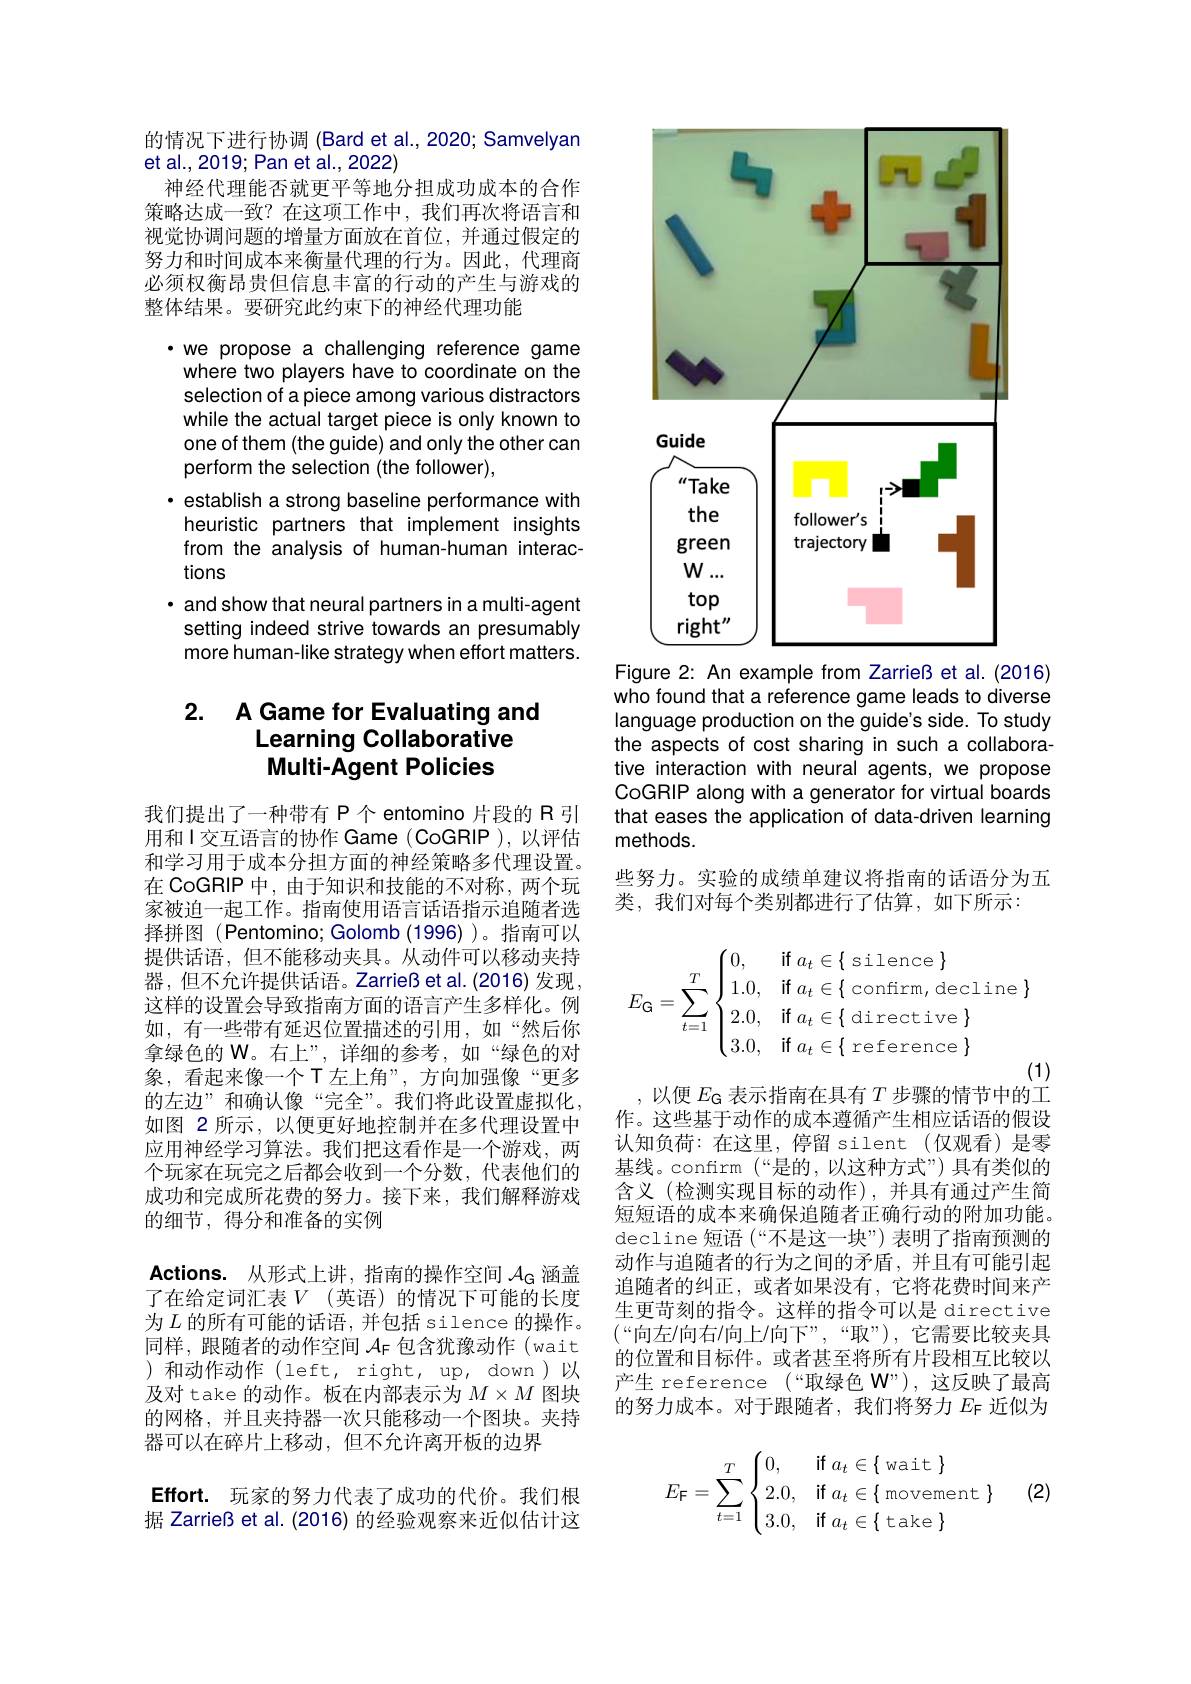
的情况下进行协调 (Bard et al., 2020; Samvelyan
et al., 2019; Pan et al., 2022)
神经代理能否就更平等地分担成功成本的合作策略达成一致？在这项工作中，我们再次将语言和视觉协调问题的增量方面放在首位，并通过假定的努力和时间成本来衡量代理的行为。因此，代理商必须权衡昂贵但信息丰富的行动的产生与游戏的整体结果。要研究此约束下的神经代理功能

·we propose a challenging reference game where two players have to coordinate on the selection of a piece among various distractors while the actual target piece is only known to one of them (the guide) and only the other can perform the selection (the follower),
· establish a strong baseline performance with heuristic partners that implement insights from the analysis of human-human interactions
· and show that neural partners in a multi-agent setting indeed strive towards an presumably more human-like strategy when effort matters.

# 2. A Game for Evaluating and Learning Collaborative Multi-Agent Policies

我们提出了一种带有 P 个 entomino 片段的 R 引用和I交互语言的协作 Game (CoGRIP ),以评估和学习用于成本分担方面的神经策略多代理设置。在 CoGRIP 中，由于知识和技能的不对称，两个玩家被迫一起工作。指南使用语言话语指示追随者选择拼图(Pentomino; Golomb(1996))。指南可以提供话语，但不能移动夹具。从动件可以移动夹持器，但不允许提供话语。Zarrieß et al.(2016)发现， 这样的设置会导致指南方面的语言产生多样化。例如，有一些带有延迟位置描述的引用，如“然后你拿绿色的 W。右上”,详细的参考，如“绿色的对象，看起来像一个T左上角”,方向加强像“更多的左边”和确认像“完全”。我们将此设置虚拟化， 如图 2 所示，以便更好地控制并在多代理设置中应用神经学习算法。我们把这看作是一个游戏，两个玩家在玩完之后都会收到一个分数，代表他们的成功和完成所花费的努力。接下来，我们解释游戏的细节，得分和准备的实例
Actions. 从形式上讲，指南的操作空间$\mathcal{A}_\mathrm{G}$涵盖了在给定词汇表$V$(英语)的情况下可能的长度为$L$ 的所有可能的话语，并包括 silence 的操作。同样，跟随者的动作空间$\mathcal{A}_\mathrm{F}$包含犹豫动作 (wait )和动作动作(left, right, up, down)以及对 take 的动作。板在内部表示为$M\times M$图块的网格，并且夹持器一次只能移动一个图块。夹持器可以在碎片上移动，但不允许离开板的边界
Effort. 玩家的努力代表了成功的代价。我们根据 Zarrieß et al. (2016) 的经验观察来近似估计这

<FigureHere>
Figure 2: An example from Zarrieß et al. (2016)

who found that a reference game leads to diverse language production on the guide's side. To study the aspects of cost sharing in such a collaborative interaction with neural agents, we propose CoGRIP along with a generator for virtual boards that eases the application of data-driven learning methods.
些努力。实验的成绩单建议将指南的话语分为五
类，我们对每个类别都进行了估算，如下所示：
$$E_\text{G}=\sum_{t=1}^T\begin{cases}0,&\text{if}a_t\in\{\text{silence}\}\\1.0,&\text{if}a_t\in\{\text{confirm,decline}\}\\2.0,&\text{if}a_t\in\{\text{directive}\}\\3.0,&\text{if}a_t\in\{\text{reference}\}\end{cases}$$
(1)
,以便$E_\mathrm{G}$表示指南在具有$T$步骤的情节中的工

作。这些基于动作的成本遵循产生相应话语的假设认知负荷：在这里，停留 silent(仅观看)是零基线。confirm (“是的，以这种方式”) 具有类似的含义(检测实现目标的动作),并具有通过产生简短短语的成本来确保追随者正确行动的附加功能。decline 短语 (“不是这一块”) 表明了指南预测的动作与追随者的行为之间的矛盾，并且有可能引起追随者的纠正，或者如果没有，它将花费时间来产生更苛刻的指令。这样的指令可以是 directive $(“$向左/向右/向上/向下”,“取”),它需要比较夹具的位置和目标件。或者甚至将所有片段相互比较以产生 reference (“取绿色 W”),这反映了最高的努力成本。对于跟随者，我们将努力$E_\mathrm{F}$近似为

(2)
$$E_\text{F}=\sum_{t=1}^T\begin{cases}0,&\text{if}a_t\in\{\text{wait}\}\\2.0,&\text{if}a_t\in\{\text{movement}\}\\3.0,&\text{if}a_t\in\{\text{take}\}\end{cases}$$